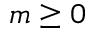
m \geq 0